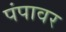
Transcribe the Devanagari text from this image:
पंपावर